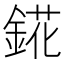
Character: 錵